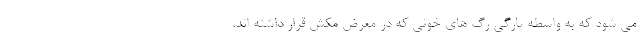
می شود که به واسطه پارگی رگ های خونی که در معرض مکش قرار داشته اند،